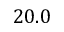
2 0 . 0